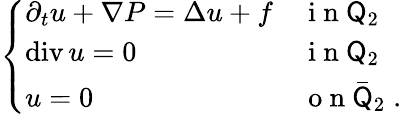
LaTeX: \begin{array}{r}{\left\{ \begin{array}{ll}{\partial_{t}u+\nabla P=\Delta u+f}&{\mathrm{~i~n~}\mathsf Q_{2}}\\ {\operatorname{div}u=0}&{\mathrm{~i~n~}\mathsf Q_{2}}\\ {u=0}&{\mathrm{~o~n~}\bar{\mathsf Q}_{2}\; .}\end{array}\right.}\end{array}